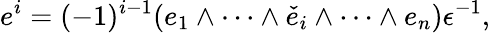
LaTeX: e^{i}=(-1)^{i-1}(e_{1}\wedge\cdots\wedge{\check{e}}_{i}\wedge\cdots\wedge e_{n})\epsilon^{-1},